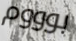
بوووم